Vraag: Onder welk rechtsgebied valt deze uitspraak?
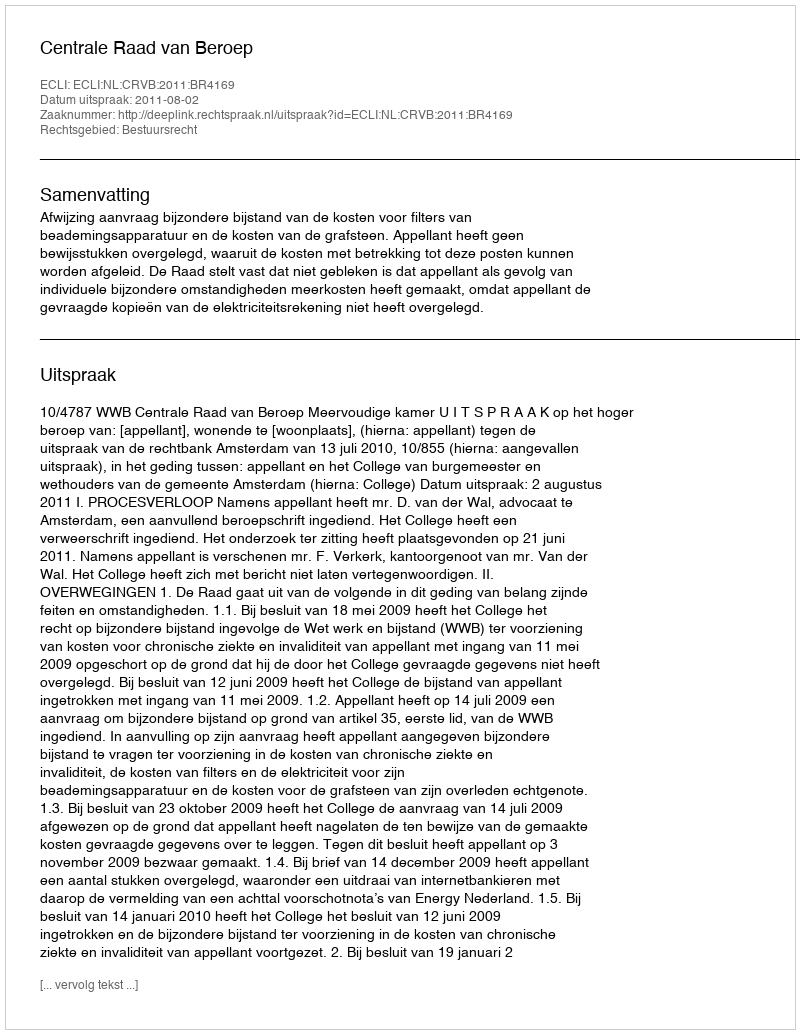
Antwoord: Bestuursrecht